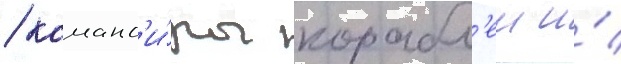
/ команд'и́ры корабл'еи и́